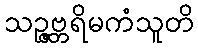
သဉ္ဇဗ္ဘရိမကံသူတိ